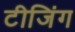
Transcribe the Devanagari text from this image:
टीजिंग